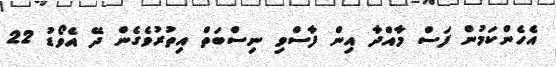
އެހެންކަމުން ފަސް މާއްދާ އިން ފާސްވި ނިސްބަތް އިތުރުވެގެން ދޭ އެވޯޑު 22